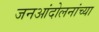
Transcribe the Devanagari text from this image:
जनआंदोलनांच्या